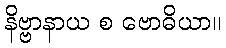
နိဗ္ဗာနာယ စ ဗောဓိယာ။